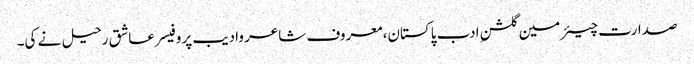
صدارت چیئرمین گلشنِ ادب پاکستان،معروف شاعر وادیب پروفیسر عاشق رحیل نے کی۔